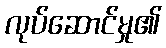
လုပ်ဆောင်မှု၏